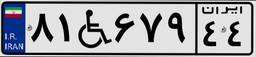
۸۱W۶۷۹۴۴